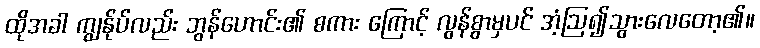
ထိုအခါ ကျွန်ုပ်လည်း ဘွန်ဟောင်း၏ စကား ကြောင့် လွန်စွာမှပင် အံ့ဩ၍သွားလေတော့၏။